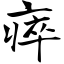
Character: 瘁